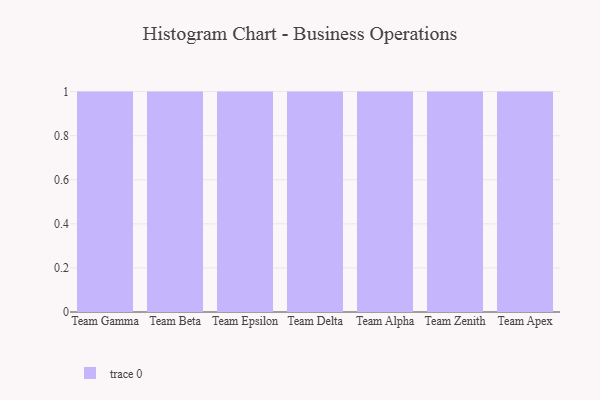
{"axis": {"x": "Team", "y": "Market Share (%)"}, "legend": [""], "data": [{"x": "Team Gamma", "y": 51, "type": ""}, {"x": "Team Beta", "y": 35, "type": ""}, {"x": "Team Epsilon", "y": 2, "type": ""}, {"x": "Team Delta", "y": 66, "type": ""}, {"x": "Team Alpha", "y": 14, "type": ""}, {"x": "Team Zenith", "y": 29, "type": ""}, {"x": "Team Apex", "y": 26, "type": ""}]}